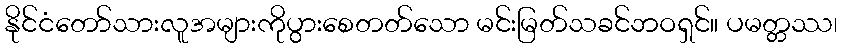
နိုင်ငံတော်သားလူအများကိုပွားစေတတ်သော မင်းမြတ်သခင်ဘဝရှင်။ ပမတ္တဿ၊